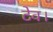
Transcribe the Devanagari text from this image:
टेव।